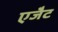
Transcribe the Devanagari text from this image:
एजैेट